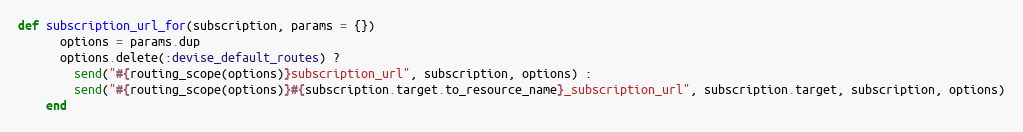
Language: Ruby
def subscription_url_for(subscription, params = {})
      options = params.dup
      options.delete(:devise_default_routes) ?
        send("#{routing_scope(options)}subscription_url", subscription, options) :
        send("#{routing_scope(options)}#{subscription.target.to_resource_name}_subscription_url", subscription.target, subscription, options)
    end